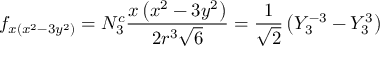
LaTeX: f _ { x ( x ^ { 2 } - 3 y ^ { 2 } ) } = N _ { 3 } ^ { c } { \frac { x \left( x ^ { 2 } - 3 y ^ { 2 } \right) } { 2 r ^ { 3 } { \sqrt { 6 } } } } = { \frac { 1 } { \sqrt { 2 } } } \left( Y _ { 3 } ^ { - 3 } - Y _ { 3 } ^ { 3 } \right)